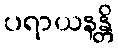
ပရာယနန္တိ